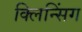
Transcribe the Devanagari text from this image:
क्लिन्सिंग